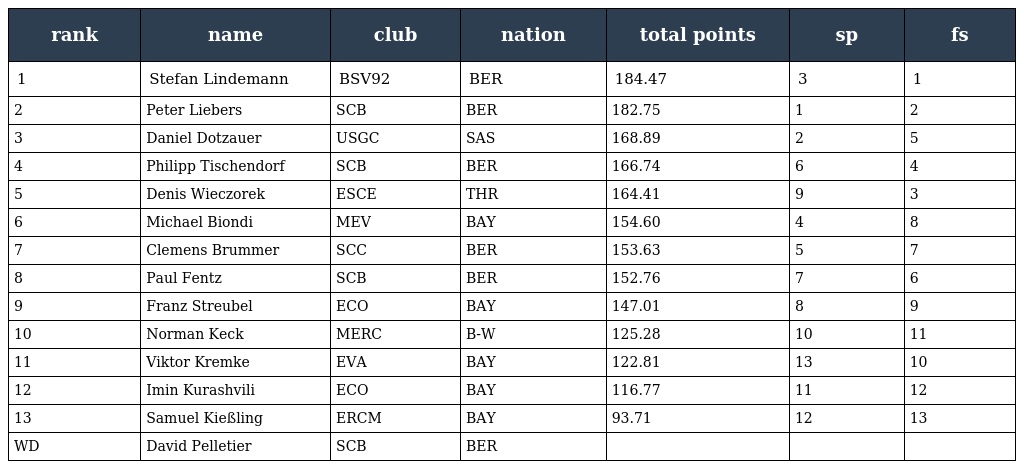
| rank | name | club | nation | total points | sp | fs |
 | --- | --- | --- | --- | --- | --- | --- |
 | 1 | Stefan Lindemann | BSV92 | BER | 184.47 | 3 | 1 |
 | 2 | Peter Liebers | SCB | BER | 182.75 | 1 | 2 |
 | 3 | Daniel Dotzauer | USGC | SAS | 168.89 | 2 | 5 |
 | 4 | Philipp Tischendorf | SCB | BER | 166.74 | 6 | 4 |
 | 5 | Denis Wieczorek | ESCE | THR | 164.41 | 9 | 3 |
 | 6 | Michael Biondi | MEV | BAY | 154.60 | 4 | 8 |
 | 7 | Clemens Brummer | SCC | BER | 153.63 | 5 | 7 |
 | 8 | Paul Fentz | SCB | BER | 152.76 | 7 | 6 |
 | 9 | Franz Streubel | ECO | BAY | 147.01 | 8 | 9 |
 | 10 | Norman Keck | MERC | B-W | 125.28 | 10 | 11 |
 | 11 | Viktor Kremke | EVA | BAY | 122.81 | 13 | 10 |
 | 12 | Imin Kurashvili | ECO | BAY | 116.77 | 11 | 12 |
 | 13 | Samuel Kießling | ERCM | BAY | 93.71 | 12 | 13 |
 | WD | David Pelletier | SCB | BER |  |  |  |